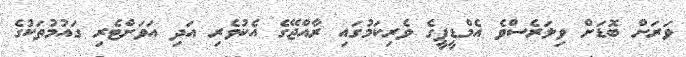
ވަރަށް ބޮޑަށް ވިލަރެސްވެ އެމްޑީޕީގެ ވެރިކަމުގައި ރާއްޖޭގެ އެކުވެރި އަދި އަވަށްޓެރި ގައުމުތަކުގެ